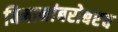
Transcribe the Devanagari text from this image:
विमानांबरोबरच